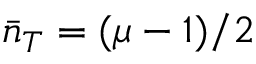
\bar { n } _ { T } = ( \mu - 1 ) / 2